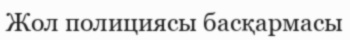
Жол полициясы басқармасы